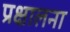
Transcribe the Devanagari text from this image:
प्रक्षालना